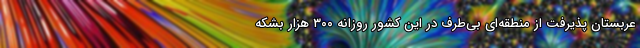
عربستان پذیرفت از منطقه‌ای بی‌طرف در این کشور روزانه ۳۰۰ هزار بشکه